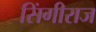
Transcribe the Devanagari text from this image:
सिंगीराज